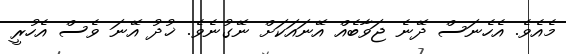
މެއެވެ. އެހެނަސް ދޭނެ ޖަވާބެއް އޭނައަކަށް ނޭގުނެވެ. ޚުދު އޭނަ ވެސް އެހުރީ